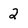
Character: 2